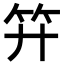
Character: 𥫠